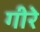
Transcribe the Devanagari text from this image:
गीरे